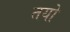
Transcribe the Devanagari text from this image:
तयो